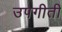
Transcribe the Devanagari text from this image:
उपगीती